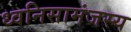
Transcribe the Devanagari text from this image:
ध्वनिसामंजस्य